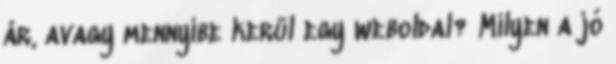
ár, avagy mennyibe kerül egy weboldal? Milyen a jó